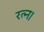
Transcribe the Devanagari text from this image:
रत्न।